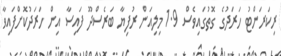
ރިކަރަންޓު ހަރަދުގެ ގޮތުގައިވެސް 1.9 މިލިއަން ރުފިޔާ ބަރެސްދޫ ފައިސާ އިިން ހަރަދުކޮށްފައިވާ